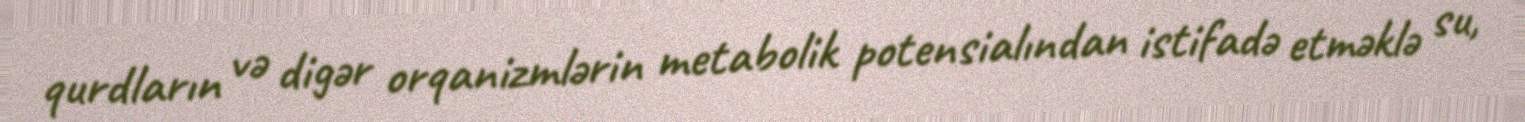
qurdların və digər orqanizmlərin metabolik potensialından istifadə etməklə su,